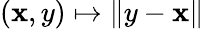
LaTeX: (\mathbf{x},y)\mapsto\| y-\mathbf{x}\|